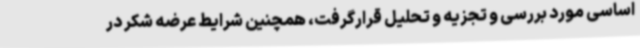
اساسی مورد بررسی و تجزیه و تحلیل قرارگرفت، همچنین شرایط عرضه شکر در